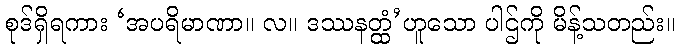
စုဒ်ရှိရကား ‘အပရိမာဏာ။ လ။ ဒဿနတ္ထံ’ဟူသော ပါဌ်ကို မိန့်သတည်း။